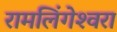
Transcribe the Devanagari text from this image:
रामलिंगेश्‍वरा